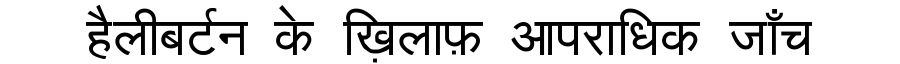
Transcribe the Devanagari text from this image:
हैलीबर्टन के ख़िलाफ़ आपराधिक जाँच